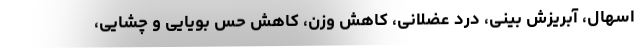
اسهال، آبریزش بینی، درد عضلانی، کاهش وزن، کاهش حس بویایی و چشایی،